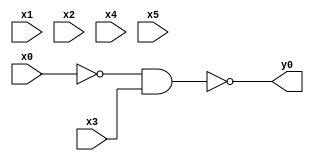
module top( x0 , x1 , x2 , x3 , x4 , x5 , y0 );
  input x0 , x1 , x2 , x3 , x4 , x5 ;
  output y0 ;
  wire n7 ;
  assign n7 = ~x0 & x3 ;
  assign y0 = ~n7 ;
endmodule